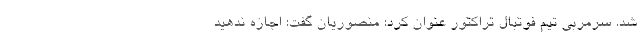
شد. سرمربی تیم فوتبال تراکتور عنوان کرد: منصوریان گفت: اجازه ندهید